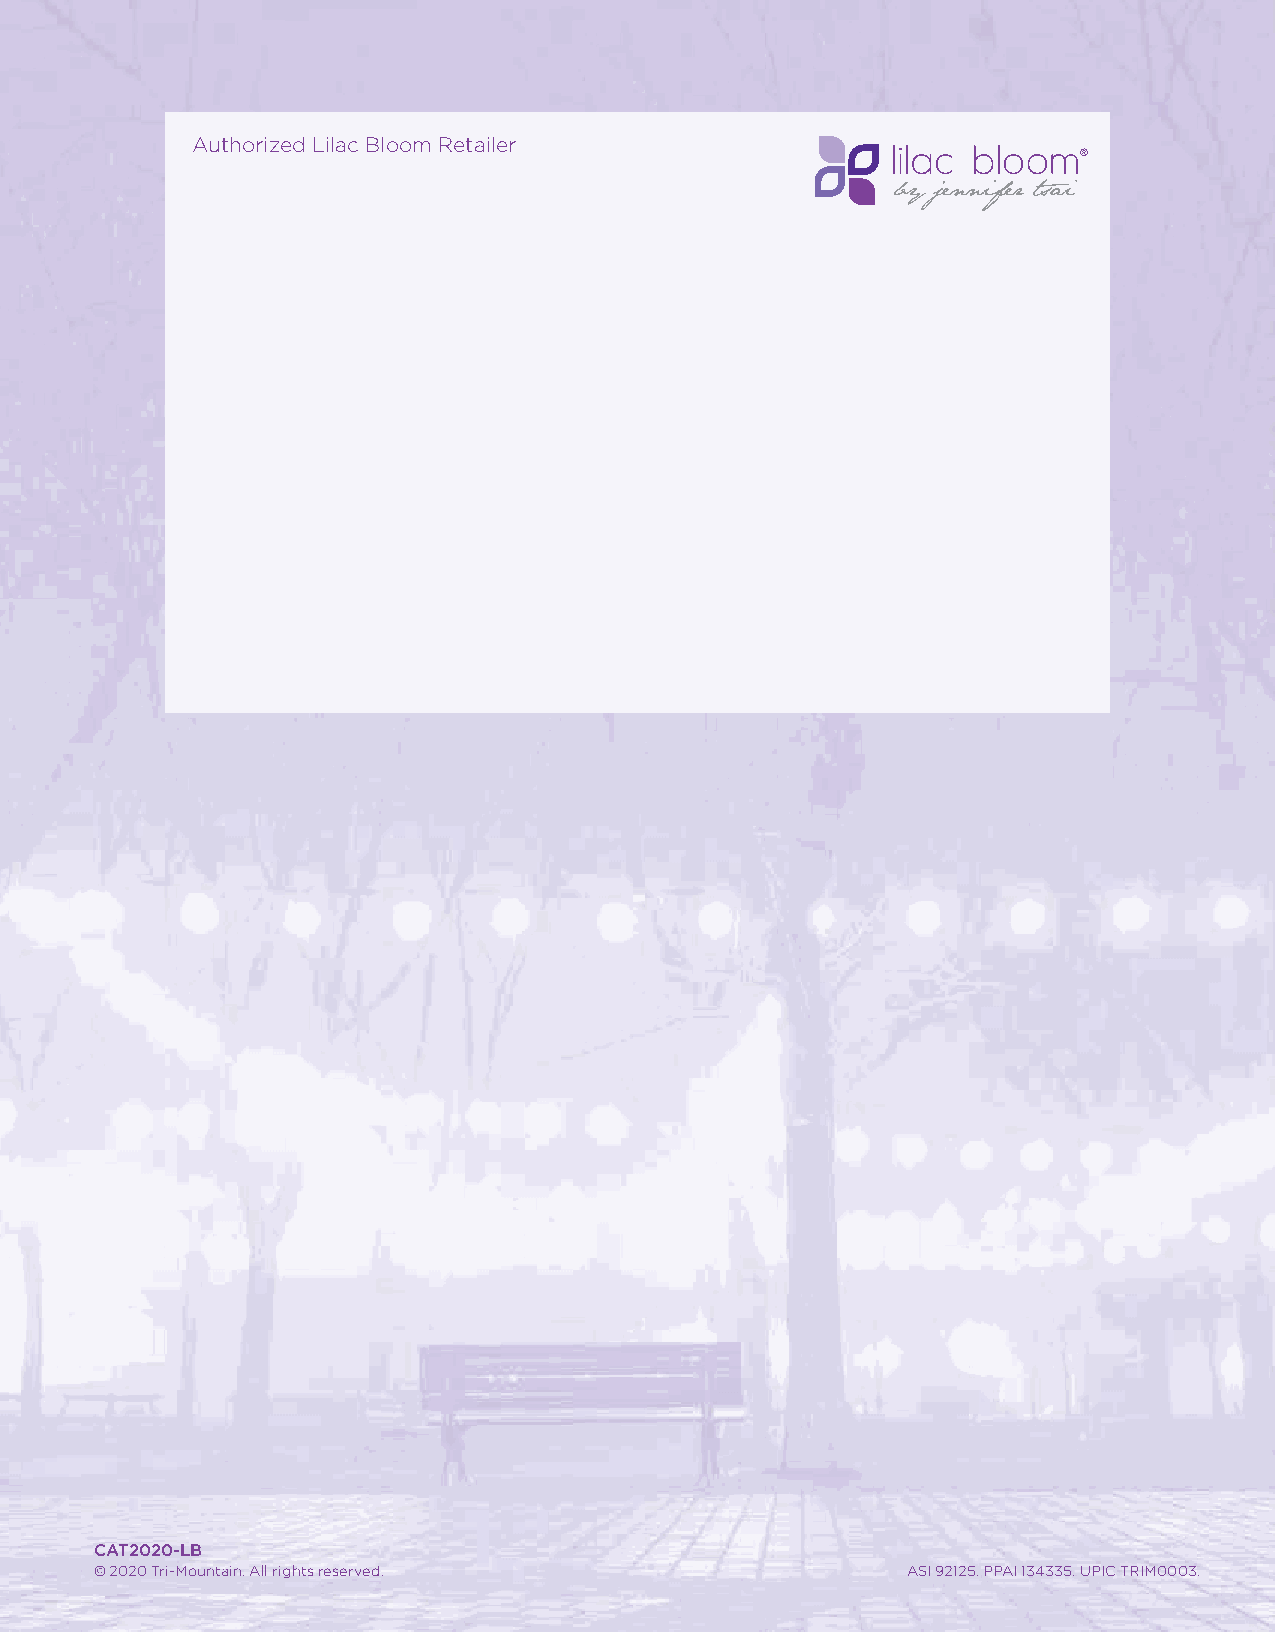
Authorized Lilac Bloom Retailer
 ®
 CAT2020-LB
 © 2020 Tri-Mountain. All rights reserved.             ASI 92125. PPAI 134335. UPIC TRIM0003.